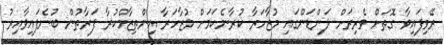
ރޭވިފައިވާ ގޮތަށް ވެރިރަށް ލަންޑަންގައި މުޒާހަރާ ކުރާނެކަމަށް މުޒާހަރާ އިންތިޒާމްކުރާ ފަރާތުން ބުނެފައިވާއިރު